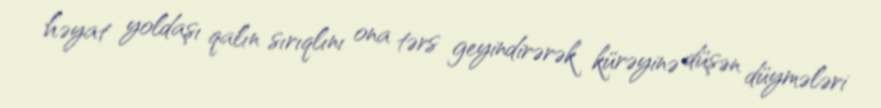
həyat yoldaşı qalın sırıqlını ona tərs geyindirərək kürəyinə düşən düymələri